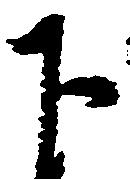
下